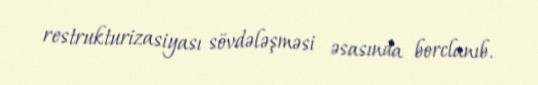
restrukturizasiyası sövdələşməsi əsasında borclanıb.